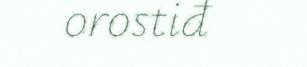
orostiđ